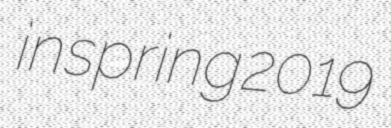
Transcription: in spring 2019